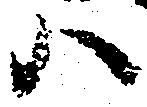
ハ